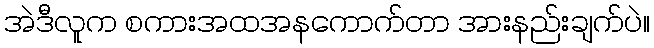
အဲဒီလူက စကားအထအနကောက်တာ အားနည်းချက်ပဲ။